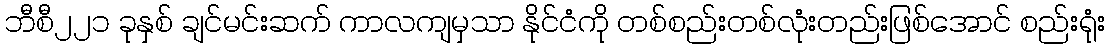
ဘီစီ၂၂၁ ခုနှစ် ချင်မင်းဆက် ကာလကျမှသာ နိုင်ငံကို တစ်စည်းတစ်လုံးတည်းဖြစ်အောင် စည်းရုံး